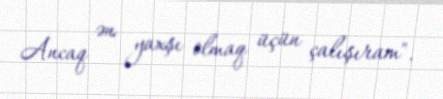
Ancaq ən yaxşı olmaq üçün çalışıram".